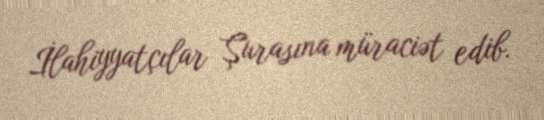
İlahiyyatçılar Şurasına müraciət edib.